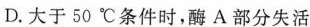
D.大于50℃条件时，酶A部分失活